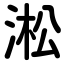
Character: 淞